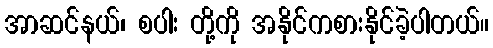
အာဆင်နယ်၊ စပါး တို့ကို အနိုင်ကစားနိုင်ခဲ့ပါတယ်။